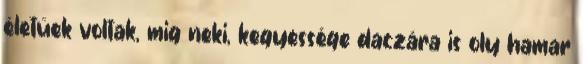
életüek voltak, mig neki, kegyessége daczára is oly hamar